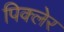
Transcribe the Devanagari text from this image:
पिक्लेर